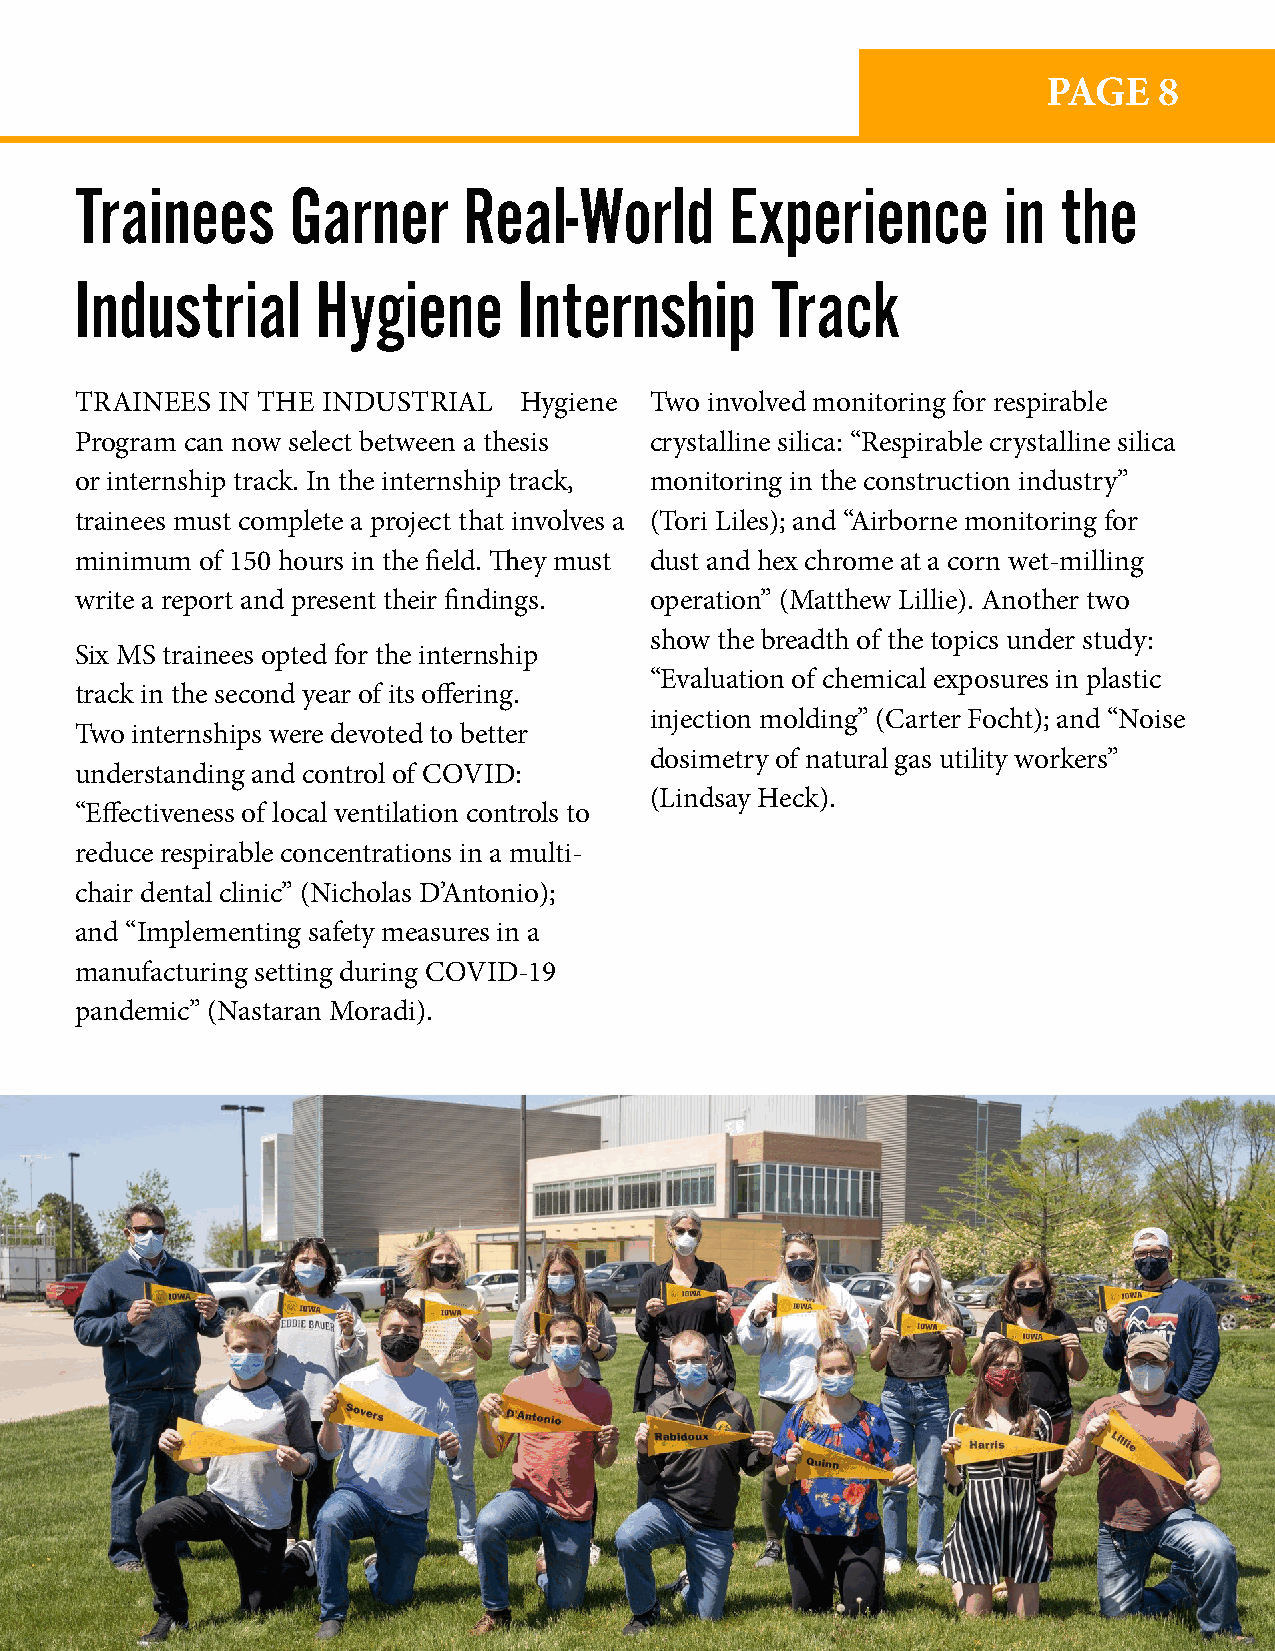
PAGE    8
 Trainees      Garner      Real-World       Experience        in  the
 Industrial      Hygiene      Internship       Track
 TRAINEES  IN THE INDUSTRIAL  Hygiene  Two involved monitoring for respirable
 Program can now select between a thesis crystalline silica: “Respirable crystalline silica
 or internship track. In the internship track, monitoring in the construction industry”
 trainees must complete a project that involves a (Tori Liles); and “Airborne monitoring for
 minimum of 150 hours in the field. They must dust and hex chrome at a corn wet-milling
 write a report and present their findings. operation” (Matthew Lillie). Another two
 show the breadth of the topics under study:
 Six MS trainees opted for the internship
 “Evaluation of chemical exposures in plastic
 track in the second year of its offering.
 injection molding” (Carter Focht); and “Noise
 Two internships were devoted to better
 dosimetry of natural gas utility workers”
 understanding and control of COVID:
 (Lindsay Heck).
 “Effectiveness of local ventilation controls to
 reduce respirable concentrations in a multi-
 chair dental clinic” (Nicholas D’Antonio);
 and “Implementing safety measures in a
 manufacturing setting during COVID-19
 pandemic” (Nastaran Moradi).